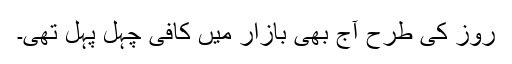
روز کی طرح آج بھی بازار میں کافی چہل پہل تھی۔